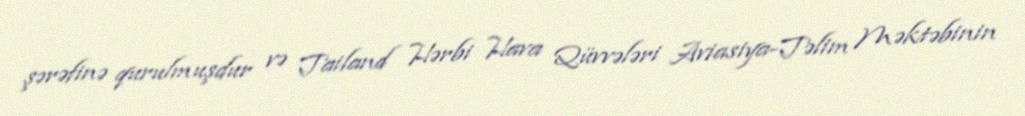
şərəfinə qurulmuşdur və Tailand Hərbi Hava Qüvvələri Aviasiya-Təlim Məktəbinin